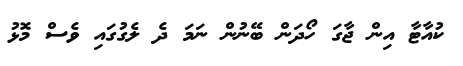
ކުއާޓާ އިން ޖާގަ ހޯދަން ބޭނުން ނަމަ ދެ ލެގުގައި ވެސް މޮޅު